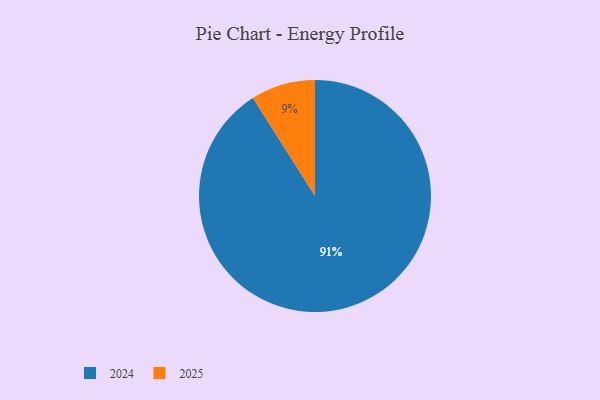
{"axis": {"x": "Category", "y": "Percentage"}, "legend": ["2024", "2025"], "data": [{"x": "2024", "y": 91, "type": "2024"}, {"x": "2025", "y": 9, "type": "2025"}]}